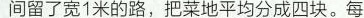
间留了宽1米的路，把菜地平均分成四块。每